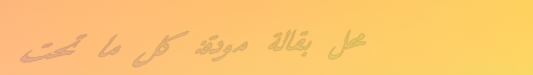
محل بقالة مودة: كل ما تحت